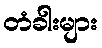
တံခါးများ